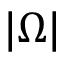
| \Omega |